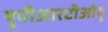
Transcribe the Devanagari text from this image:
यूपीआरटीओयू